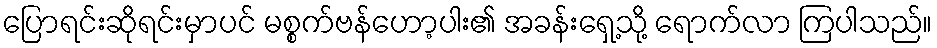
ပြောရင်းဆိုရင်းမှာပင် မစ္စက်ဗန်ဟော့ပါး၏ အခန်းရှေ့သို့ ရောက်လာ ကြပါသည်။